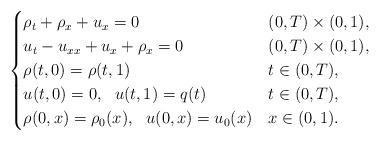
LaTeX: \begin{align*} \begin{cases} \rho_t+\rho_x +u_{x} =0 & (0,T)\times (0,1),\\ u_{t} -u_{xx} +u_x +\rho_x =0 & (0,T)\times (0,1),\\ \rho(t,0)=\rho(t,1) & t\in (0,T) , \\ u(t,0)=0, \ \ u(t,1)=q(t) & t\in (0,T) ,\\ \rho(0,x)=\rho_0(x),\ \ u(0,x)=u_0(x) & x\in(0,1). \end{cases} \end{align*}